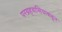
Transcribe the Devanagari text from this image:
परग्रहवासियाकडून